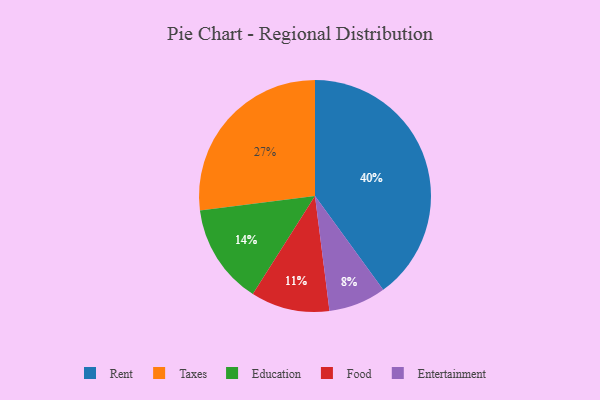
{"axis": {"x": "Category", "y": "Percentage"}, "legend": ["Education", "Entertainment", "Food", "Rent", "Taxes"], "data": [{"x": "Taxes", "y": 27, "type": "Taxes"}, {"x": "Rent", "y": 40, "type": "Rent"}, {"x": "Entertainment", "y": 8, "type": "Entertainment"}, {"x": "Food", "y": 11, "type": "Food"}, {"x": "Education", "y": 14, "type": "Education"}]}